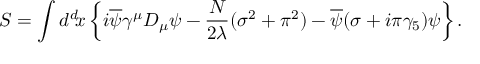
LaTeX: S = \int d ^ { d } \! x \left\{ i \overline { { { \psi } } } \gamma ^ { \mu } D _ { \mu } \psi - { \frac { N } { 2 \lambda } } ( \sigma ^ { 2 } + \pi ^ { 2 } ) - \overline { { { \psi } } } ( \sigma + i \pi \gamma _ { 5 } ) \psi \right\} .